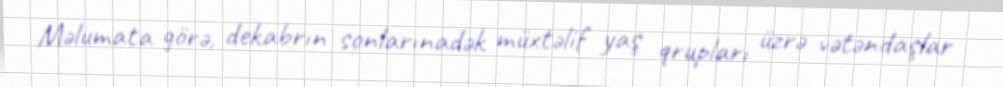
Məlumata görə, dekabrın sonlarınadək müxtəlif yaş qrupları üzrə vətəndaşlar